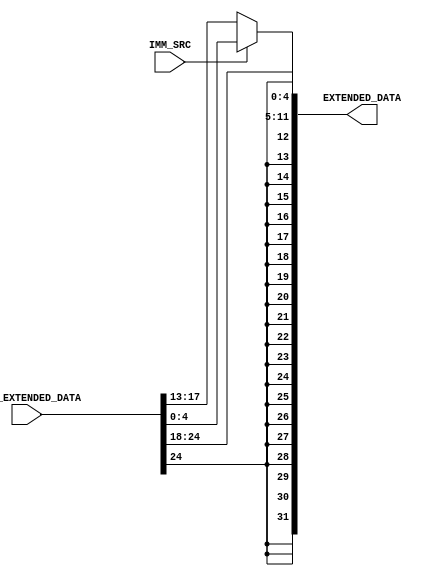
module EXTENDER (
	input IMM_SRC, // 0:ld,1:sw
	input [31:7] NONE_EXTENDED_DATA,
	output [31:0] EXTENDED_DATA
);

wire ext_bit = NONE_EXTENDED_DATA[31];
wire [19:0] ext_bits = 
	{ ext_bit , ext_bit , ext_bit , ext_bit , ext_bit ,
	  ext_bit , ext_bit , ext_bit , ext_bit , ext_bit ,
	  ext_bit , ext_bit , ext_bit , ext_bit , ext_bit ,
	  ext_bit , ext_bit , ext_bit , ext_bit , ext_bit ,
	  ext_bit , ext_bit , ext_bit , ext_bit , ext_bit };


assign EXTENDED_DATA = (IMM_SRC == 1'b0) ?
	{ ext_bits , NONE_EXTENDED_DATA[31:20] } :
	{ ext_bits , NONE_EXTENDED_DATA[31:25] , NONE_EXTENDED_DATA[11:7] };

endmodule